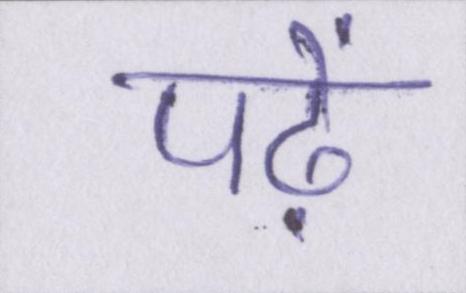
पढ़ें